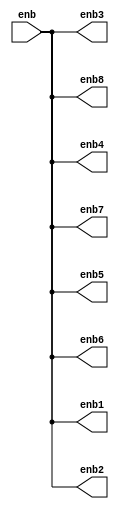
/*
   This file was generated automatically by Alchitry Labs version 1.2.7.
   Do not edit this file directly. Instead edit the original Lucid source.
   This is a temporary file and any changes made to it will be destroyed.
*/

module enb_spliter_13 (
    input enb,
    output reg enb1,
    output reg enb2,
    output reg enb3,
    output reg enb4,
    output reg enb5,
    output reg enb6,
    output reg enb7,
    output reg enb8
  );
  
  
  
  always @* begin
    enb1 = enb;
    enb2 = enb;
    enb3 = enb;
    enb4 = enb;
    enb5 = enb;
    enb6 = enb;
    enb7 = enb;
    enb8 = enb;
  end
endmodule